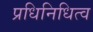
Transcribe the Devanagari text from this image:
प्रधिनिधित्व